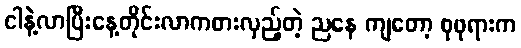
ငါနဲ့လာပြီးနေ့တိုင်းလာကစားလှည့်တဲ့ ညနေ ကျတော့ စုဖုရားက